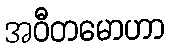
အဝီတမောဟာ